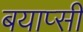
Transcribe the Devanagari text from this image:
बयाप्सी